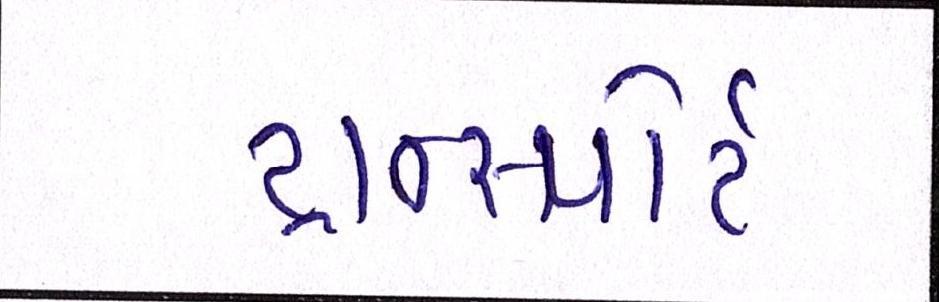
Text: ટ્રાન્સ્પોર્ટ